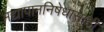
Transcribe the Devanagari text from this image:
मद्यापाननिषेधासाठीं